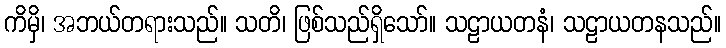
ကိမှိ၊ အဘယ်တရားသည်။ သတိ၊ ဖြစ်သည်ရှိသော်။ သဠာယတနံ၊ သဠာယတနသည်။